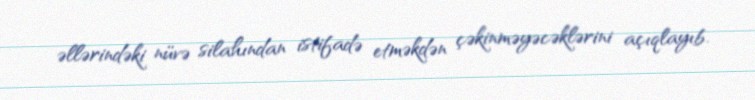
əllərindəki nüvə silahından istifadə etməkdən çəkinməyəcəklərini açıqlayıb.